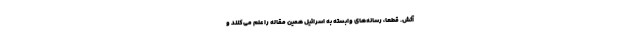
آتش. قطعا، رسانه‌های وابسته به اسرائیل همین مقاله را علم می‌کنند و